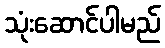
သုံးဆောင်ပါမည်